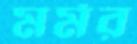
মর্মর